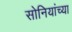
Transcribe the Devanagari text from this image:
सोनियांच्या